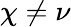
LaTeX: \chi\neq\nu